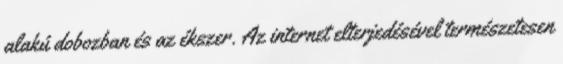
alakú dobozban és az ékszer. Az internet elterjedésével természetesen